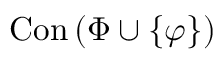
\operatorname { C o n } \left( \Phi \cup \{ \varphi \} \right)